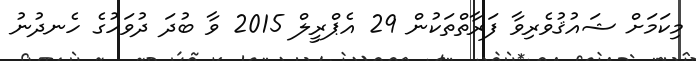
މިކަމަށް ޝައުޤުވެރިވާ ފަރާތްތަކުން 29 އެޕްރީލް 2015 ވާ ބުދަ ދުވަހުގެ ހެނދުނު